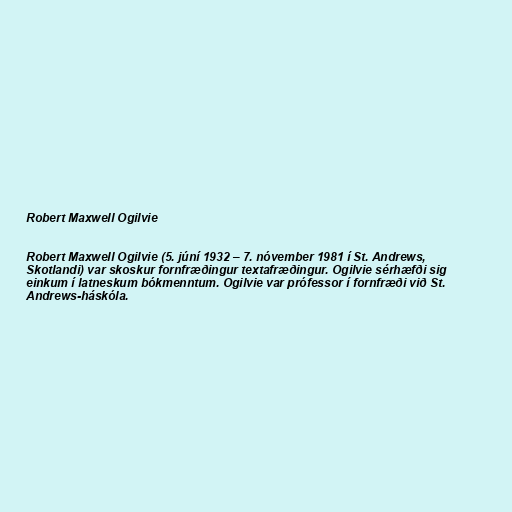
Robert Maxwell Ogilvie

Robert Maxwell Ogilvie (5. júní 1932 – 7. nóvember 1981 í St. Andrews,
Skotlandi) var skoskur fornfræðingur textafræðingur. Ogilvie sérhæfði sig
einkum í latneskum bókmenntum. Ogilvie var prófessor í fornfræði við St.
Andrews-háskóla.